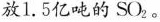
放1.5亿吨的SO2。